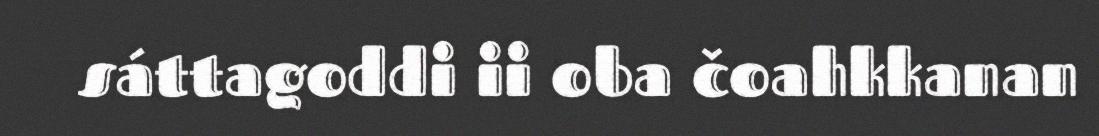
sáttagoddi ii oba čoahkkanan